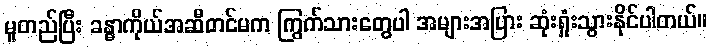
မူတည်ပြီး ခန္ဓာကိုယ်အဆီတင်မက ကြွက်သားတွေပါ အများအပြား ဆုံးရှုံးသွားနိုင်ပါတယ်။